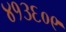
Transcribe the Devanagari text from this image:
४१३६०९